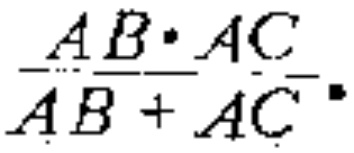
$\frac{AB\cdot AC}{AB + AC}.$